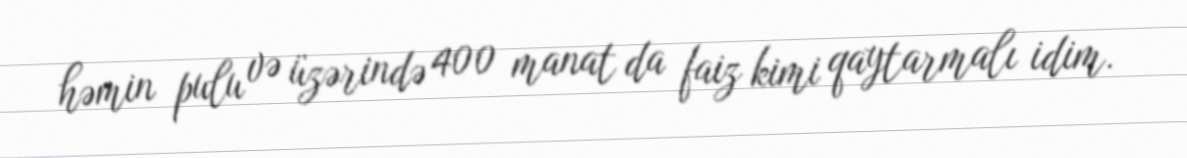
həmin pulu və üzərində 400 manat da faiz kimi qaytarmalı idim.